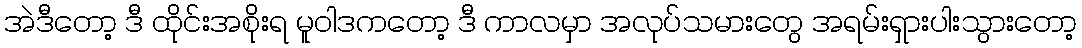
အဲဒီတော့ ဒီ ထိုင်းအစိုးရ မူဝါဒကတော့ ဒီ ကာလမှာ အလုပ်သမားတွေ အရမ်းရှားပါးသွားတော့